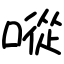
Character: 㗰